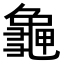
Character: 𪚧